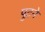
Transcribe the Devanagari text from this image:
पुटने